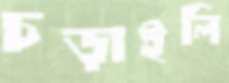
চড়াইলি